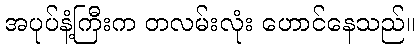
အပုပ်နံ့ကြီးက တလမ်းလုံး ဟောင်နေသည်။